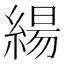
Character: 𮈬